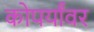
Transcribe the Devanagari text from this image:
कोपर्यांवर